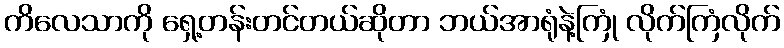
ကိလေသာကို ရှေ့တန်းတင်တယ်ဆိုတာ ဘယ်အာရုံနဲ့ကြုံ လိုက်ကြံလိုက်